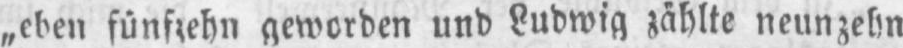
„eben fünfzehn geworden und Ludwig zählte neunzehn